Annual returns of the Patna Lunatic Asylum at Bankipore in Bihar and Orissa - 1912-1924
Year: 1912
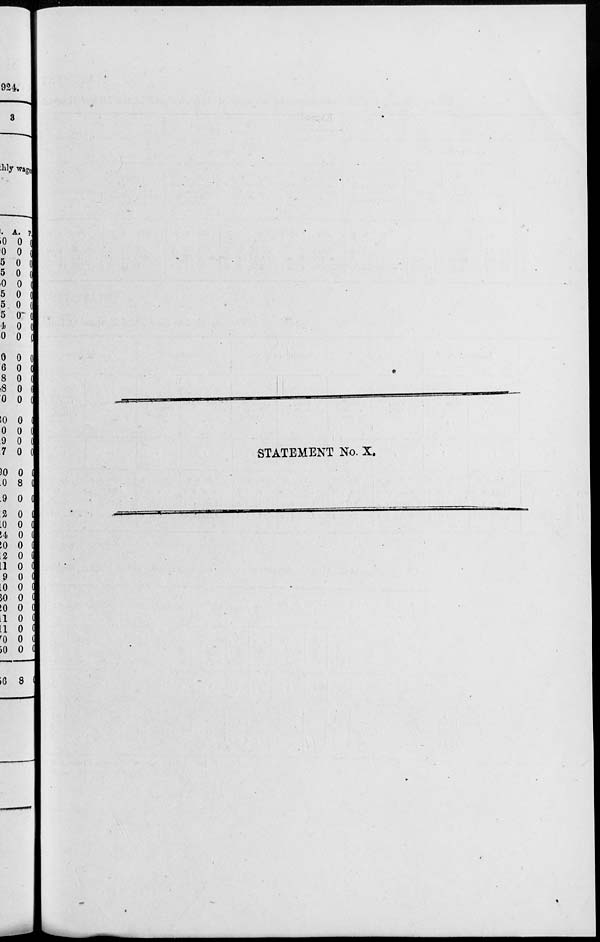
STATEMENT No. X.